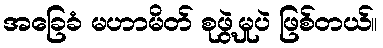
အခြေခံ မဟာမိတ် စုဖွဲ့မှုပဲ ဖြစ်တယ်။